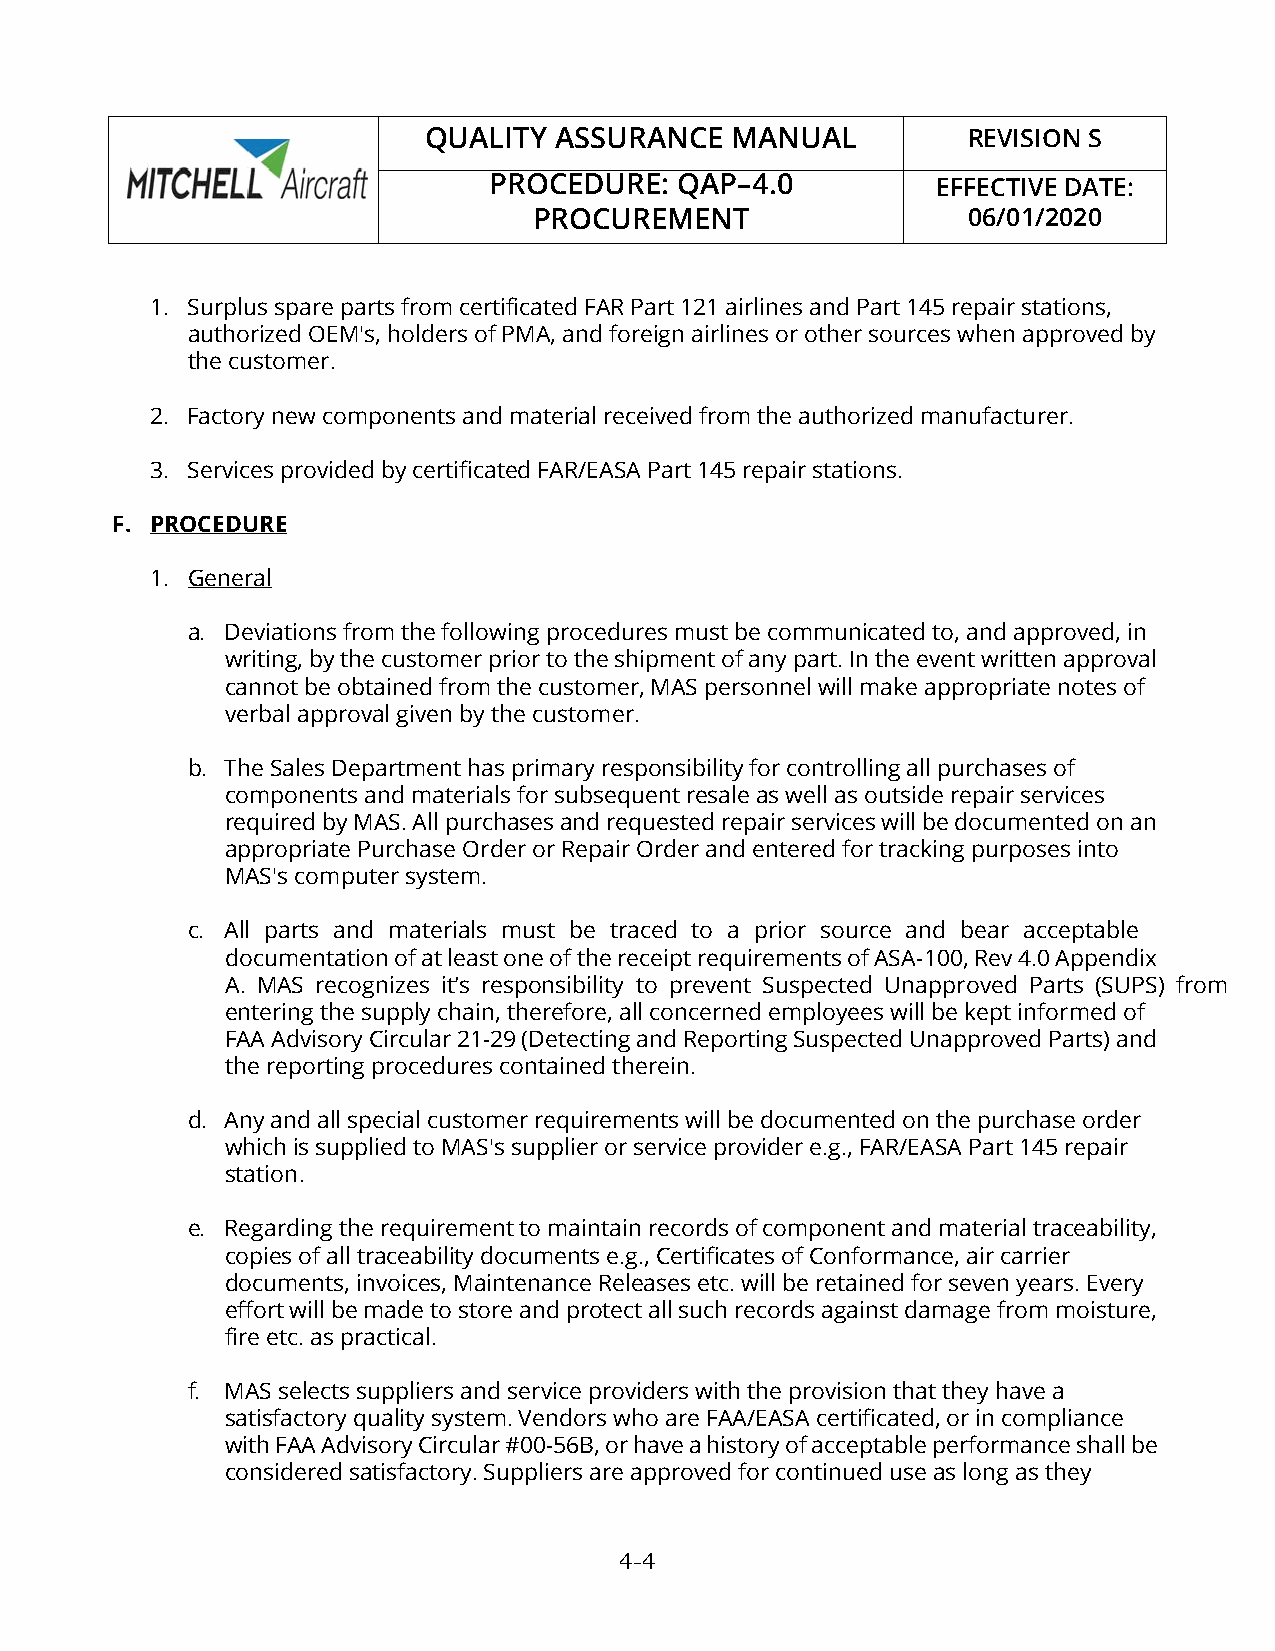
QUALITY  ASSURANCE  MANUAL          REVISION S
 PROCEDURE:   QAP–4.0          EFFECTIVE DATE:
 PROCUREMENT                  06/01/2020
 1. Surplus spare parts from certificated FAR Part 121 airlines and Part 145 repair stations,
 authorized OEM's, holders of PMA, and foreign airlines or other sources when approved by
 the customer.
 2. Factory new components and material received from the authorized manufacturer.
 3. Services provided by certificated FAR/EASA Part 145 repair stations.
 F. PROCEDURE
 1. General
 a. Deviations from the following procedures must be communicated to, and approved, in
 writing, by the customer prior to the shipment of any part. In the event written approval
 cannot be obtained from the customer, MAS personnel will make appropriate notes of
 verbal approval given by the customer.
 b. The Sales Department has primary responsibility for controlling all purchases of
 components and materials for subsequent resale as well as outside repair services
 required by MAS. All purchases and requested repair services will be documented on an
 appropriate Purchase Order or Repair Order and entered for tracking purposes into
 MAS's computer system.
 c. All parts and materials must be traced to a prior source and bear acceptable
 documentation of at least one of the receipt requirements of ASA-100, Rev 4.0 Appendix
 A. MAS recognizes it’s responsibility to prevent Suspected Unapproved Parts (SUPS) from
 entering the supply chain, therefore, all concerned employees will be kept informed of
 FAA Advisory Circular 21-29 (Detecting and Reporting Suspected Unapproved Parts) and
 the reporting procedures contained therein.
 d. Any and all special customer requirements will be documented on the purchase order
 which is supplied to MAS's supplier or service provider e.g., FAR/EASA Part 145 repair
 station.
 e. Regarding the requirement to maintain records of component and material traceability,
 copies of all traceability documents e.g., Certificates of Conformance, air carrier
 documents, invoices, Maintenance Releases etc. will be retained for seven years. Every
 effort will be made to store and protect all such records against damage from moisture,
 fire etc. as practical.
 f. MAS selects suppliers and service providers with the provision that they have a
 satisfactory quality system. Vendors who are FAA/EASA certificated, or in compliance
 with FAA Advisory Circular #00-56B, or have a history of acceptable performance shall be
 considered satisfactory. Suppliers are approved for continued use as long as they
 4-4